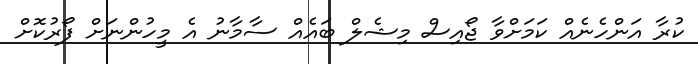
ކުރާ އަންހެނެއް ކަމަށްވާ ޖޯއިސް މިޝެލް ބައެއް ސާމާނު އެ މީހުންނަށް ފޯރުކޮށް